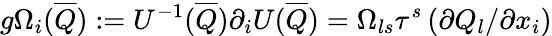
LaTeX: g\Omega_{i}(\overline{{Q}}):=U^{-1}(\overline{{Q}})\partial_{i}U(\overline{{Q}})=\Omega_{ls}\tau^{s}\left(\partial Q_{l}/\partial x_{i}\right)